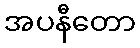
အပနီတော